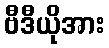
ဗီဒီယိုအား